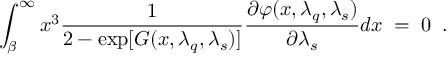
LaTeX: \int _ { \beta } ^ { \infty } x ^ { 3 } \frac { 1 } { 2 - \exp [ G ( x , \lambda _ { q } , \lambda _ { s } ) ] } \frac { \partial \varphi ( x , \lambda _ { q } , \lambda _ { s } ) } { \partial \lambda _ { s } } d x \; = \; 0 \; \; .